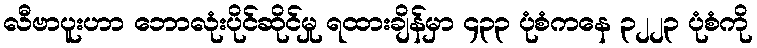
လီဗာပူးဟာ ဘောလုံးပိုင်ဆိုင်မှု ရထားချိန်မှာ ၄၃၃ ပုံစံကနေ ၃၂၂၃ ပုံစံကို